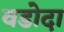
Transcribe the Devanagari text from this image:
वडोदा